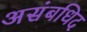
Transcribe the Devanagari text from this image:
असंबधिद